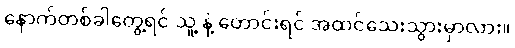
နောက်တစ်ခါတွေ့ရင် သူ့ နဲ့ တောင်းရင် အထင်သေးသွားမှာလား။